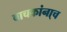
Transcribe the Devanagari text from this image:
वाचकांना्च